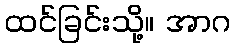
ထင်ခြင်းသို့။ အာဂ